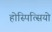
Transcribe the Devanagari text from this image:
होस्पित्सियो